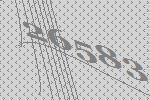
26583